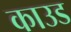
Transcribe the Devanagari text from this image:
काउड